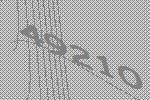
49210